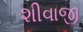
શીવાજી